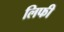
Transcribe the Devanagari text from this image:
लिफी